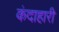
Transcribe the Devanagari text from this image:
कंदाहारी